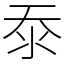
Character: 沗